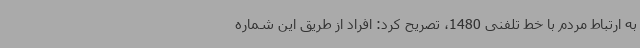
به ارتباط مردم با خط تلفنی 1480، تصریح کرد: افراد از طریق این شماره